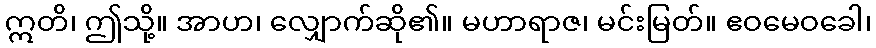
ဣတိ၊ ဤသို့။ အာဟ၊ လျှောက်ဆို၏။ မဟာရာဇ၊ မင်းမြတ်။ ဧဝမေဝခေါ၊